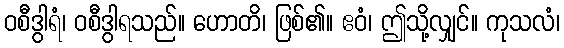
ဝစီဒွါရံ၊ ဝစီဒွါရသည်။ ဟောတိ၊ ဖြစ်၏။ ဧဝံ၊ ဤသို့လျှင်။ ကုသလံ၊